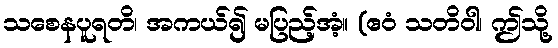
သစေနပူရတိ၊ အကယ်၍ မပြည့်အံ့။ (ဧဝံ သတိဝါ၊ ဤသို့